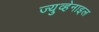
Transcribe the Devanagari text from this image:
ज्युव्हेनाइल